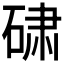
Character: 𬒕